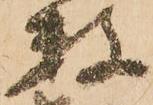
数